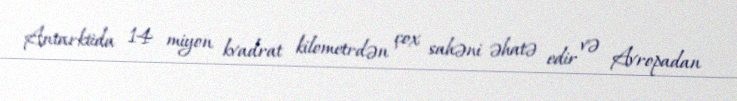
Antarktida 14 miyon kvadrat kilometrdən çox sahəni əhatə edir və Avropadan